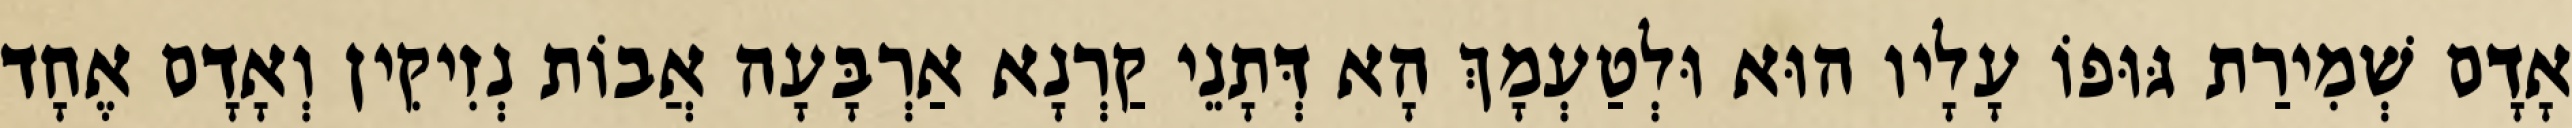
אָדָם שְׁמִירַת גּוּפוֹ עָלָיו הוּא וּלְטַעְמָךְ הָא דְּתָנֵי קַרְנָא אַרְבָּעָה אֲבוֹת נְזִיקִין וְאָדָם אֶחָד